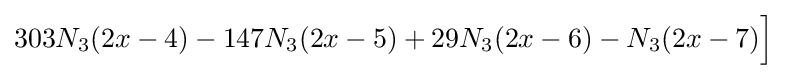
303N_{3}(2x-4)-147N_{3}(2x-5)+29N_{3}(2x-6)-N_{3}(2x-7){\Big ]}